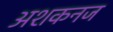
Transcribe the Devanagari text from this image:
अशकनज